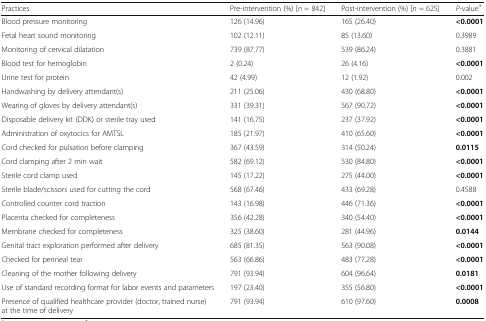
<table><thead><tr><td><b>Practices</b></td><td><b>Pre-intervention (%) [<i>n</i> = 842]</b></td><td><b>Post-intervention (%) [<i>n</i> = 625]</b></td><td><b><i>P</i>-value<sup>a</sup></b></td></tr></thead><tbody><tr><td>Blood pressure monitoring</td><td>126 (14.96)</td><td>165 (26.40)</td><td><b>&lt;0.0001</b></td></tr><tr><td>Fetal heart sound monitoring</td><td>102 (12.11)</td><td>85 (13.60)</td><td>0.3989</td></tr><tr><td>Monitoring of cervical dilatation</td><td>739 (87.77)</td><td>539 (86.24)</td><td>0.3881</td></tr><tr><td>Blood test for hemoglobin</td><td>2 (0.24)</td><td>26 (4.16)</td><td><b>&lt;0.0001</b></td></tr><tr><td>Urine test for protein</td><td>42 (4.99)</td><td>12 (1.92)</td><td>0.002</td></tr><tr><td>Handwashing by delivery attendant(s)</td><td>211 (25.06)</td><td>430 (68.80)</td><td><b>&lt;0.0001</b></td></tr><tr><td>Wearing of gloves by delivery attendant(s)</td><td>331 (39.31)</td><td>567 (90.72)</td><td><b>&lt;0.0001</b></td></tr><tr><td>Disposable delivery kit (DDK) or sterile tray used</td><td>141 (16.75)</td><td>237 (37.92)</td><td><b>&lt;0.0001</b></td></tr><tr><td>Administration of oxytocics for AMTSL</td><td>185 (21.97)</td><td>410 (65.60)</td><td><b>&lt;0.0001</b></td></tr><tr><td>Cord checked for pulsation before clamping</td><td>367 (43.59)</td><td>314 (50.24)</td><td><b>0.0115</b></td></tr><tr><td>Cord clamping after 2 min wait</td><td>582 (69.12)</td><td>530 (84.80)</td><td><b>&lt;0.0001</b></td></tr><tr><td>Sterile cord clamp used</td><td>145 (17.22)</td><td>275 (44.00)</td><td><b>&lt;0.0001</b></td></tr><tr><td>Sterile blade/scissors used for cutting the cord</td><td>568 (67.46)</td><td>433 (69.28)</td><td>0.4588</td></tr><tr><td>Controlled counter cord traction</td><td>143 (16.98)</td><td>446 (71.36)</td><td><b>&lt;0.0001</b></td></tr><tr><td>Placenta checked for completeness</td><td>356 (42.28)</td><td>340 (54.40)</td><td><b>&lt;0.0001</b></td></tr><tr><td>Membrane checked for completeness</td><td>325 (38.60)</td><td>281 (44.96)</td><td><b>0.0144</b></td></tr><tr><td>Genital tract exploration performed after delivery</td><td>685 (81.35)</td><td>563 (90.08)</td><td><b>&lt;0.0001</b></td></tr><tr><td>Checked for perineal tear</td><td>563 (66.86)</td><td>483 (77.28)</td><td><b>&lt;0.0001</b></td></tr><tr><td>Cleaning of the mother following delivery</td><td>791 (93.94)</td><td>604 (96.64)</td><td><b>0.0181</b></td></tr><tr><td>Use of standard recording format for labor events and parameters</td><td>197 (23.40)</td><td>355 (56.80)</td><td><b>&lt;0.0001</b></td></tr><tr><td>Presence of qualified healthcare provider (doctor, trained nurse) at the time of delivery</td><td>791 (93.94)</td><td>610 (97.60)</td><td><b>0.0008</b></td></tr></tbody></table>